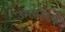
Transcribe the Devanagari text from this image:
उगवतांच